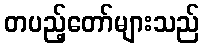
တပည့်တော်များသည်